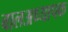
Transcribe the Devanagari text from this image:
बालअध्यापक